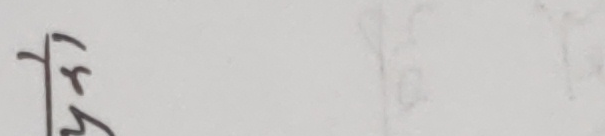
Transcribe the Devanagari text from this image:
त्र/४